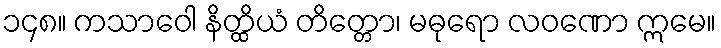
၁၄၈။ ကသာဝေါ နိတ္ထိယံ တိတ္တော၊ မဓုရော လဝဏော ဣမေ။